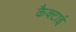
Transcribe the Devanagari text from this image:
कैक्टाई